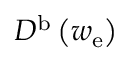
D ^ { \mathrm { b } } \left( w _ { \mathrm { e } } \right)